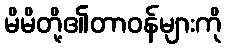
မိမိတို့၏တာဝန်များကို